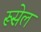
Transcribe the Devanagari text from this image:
रूसेल